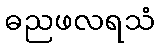
ဓညဖလရသံ